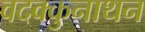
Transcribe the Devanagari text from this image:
वदक्कुनाथन